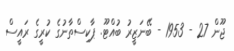
ޖޫން 27 - 1953 - ބޭނަޒީރު ބުއްޓޫ. ޕާކިސްތާނުގެ ކުރީގެ ރައީސް